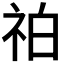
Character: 𥙃